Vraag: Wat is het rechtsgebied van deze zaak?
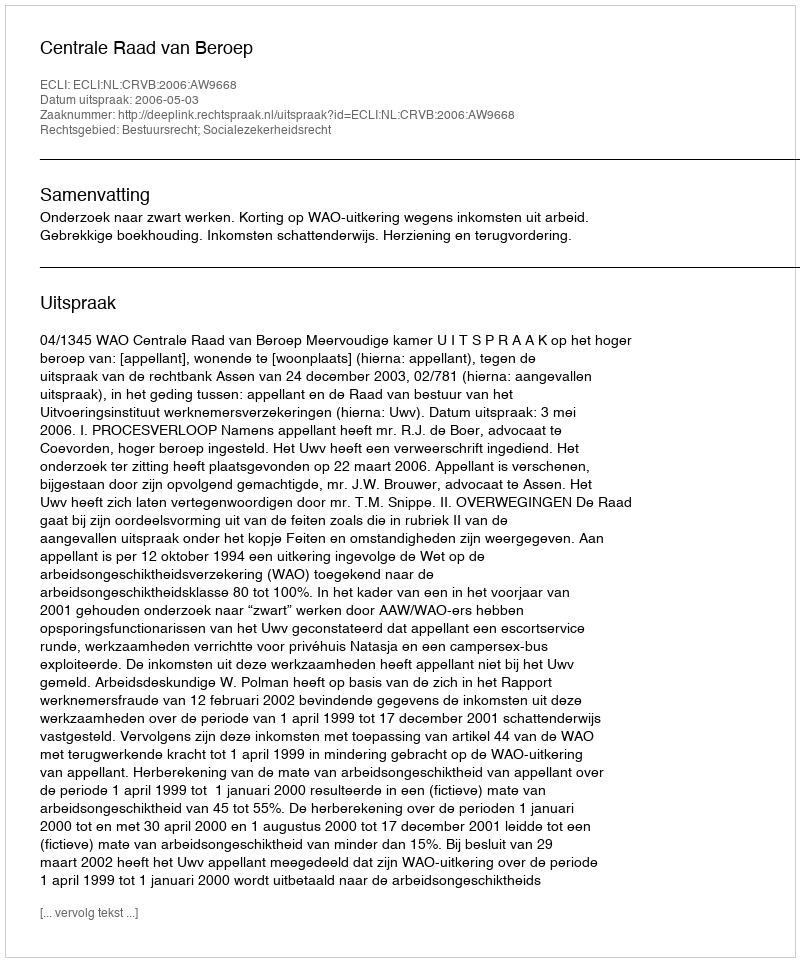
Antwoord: Bestuursrecht; Socialezekerheidsrecht